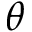
\theta